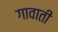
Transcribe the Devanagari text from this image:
गावाती